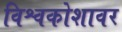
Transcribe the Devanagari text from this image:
विश्वकोशावर